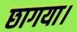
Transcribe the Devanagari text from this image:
छागया।